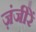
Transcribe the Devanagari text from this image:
ज़ंजीरें